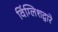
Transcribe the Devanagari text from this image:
विंग्लिशद्वारे